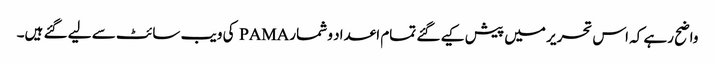
واضح رہے کہ اس تحریر میں پیش کیے گئے تمام اعداد و شمار PAMA کی ویب سائٹ سے لیے گئے ہیں۔